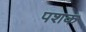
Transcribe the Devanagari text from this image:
पशक